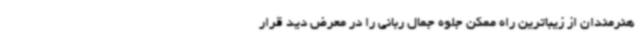
هنرمندان از زیباترین راه ممکن جلوه جمال ربانی را در معرض دید قرار